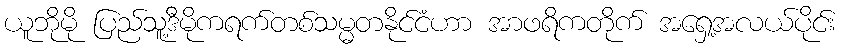
ယူဘိုမို ပြည်သူ့ဒီမိုကရက်တစ်သမ္မတနိုင်ငံဟာ အာဖရိကတိုက် အရှေ့အလယ်ပိုင်း